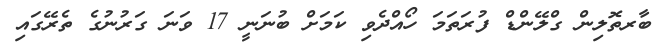
ބާރތޮލިން ގްލޭންޑް ފުރަތަމަ ހޯއްދެވި ކަމަށް ބުނަނީ 17 ވަނަ ގަރުނުގެ ތެރޭގައި